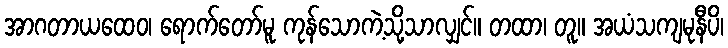
အာဂတာယထေဝ၊ ရောက်တော်မူ ကုန်သောကဲ့သို့သာလျှင်။ တထာ၊ တူ။ အယံသကျမုနီပိ၊